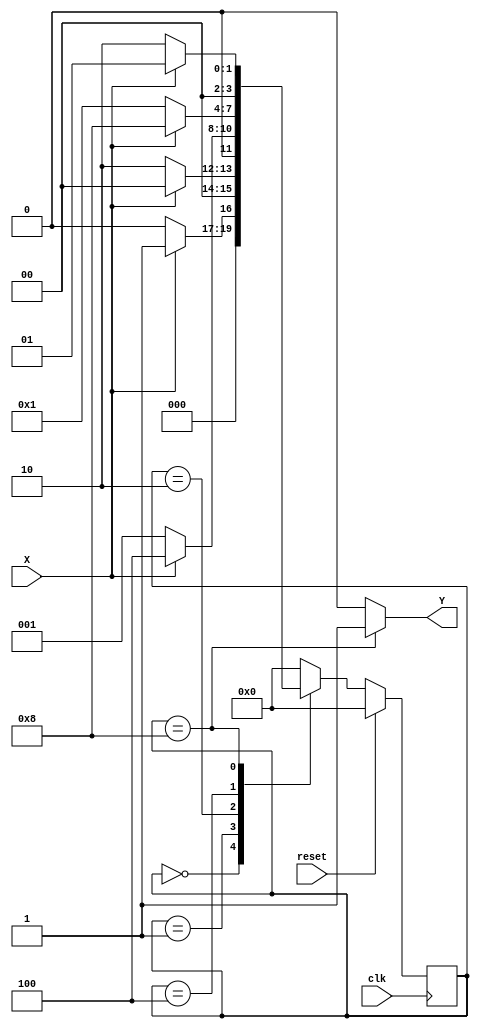
// Code your design here
module Pattern_Detector(
  input X,
  input reset,
  input clk,
  output Y
);
  parameter IDLE                       = 4'b0000;
  parameter STATE_10                   = 4'b0001;
  parameter STATE_101                  = 4'b0010;
  parameter STATE_1011                 = 4'b0100;
  parameter STATE_start_checking_again = 4'b1000;
  
  reg [3:0] current_state, next_state;
  assign Y = current_state == STATE_start_checking_again? 1 : 0;
  
  always@(posedge clk)
    begin
      if(reset)
        current_state <= IDLE;
      else
        current_state <= next_state;
    end
  
  always@(current_state or X)
    begin
      case(current_state)
        
          IDLE:begin
            if(X)
              next_state <= STATE_10;
            else
              next_state <= IDLE;
          end
          
          STATE_10: begin
            if(X)
              next_state <= IDLE;
            else
              next_state <= STATE_101;
          end
          
          STATE_101: begin
            if(X) 
              next_state <= STATE_1011;
            else
              next_state <= STATE_10;
          end
          
          STATE_1011: begin
            if(X) 
              next_state <= STATE_start_checking_again;
            else
              next_state <= STATE_10;
            end
           STATE_start_checking_again: begin
             if(X)
               next_state <= STATE_10;
             else
               next_state <= STATE_101;
           end
             
          default: next_state <= IDLE;
         endcase
      
      end
 endmodule